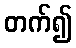
တက်၍